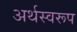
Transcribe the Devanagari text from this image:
अर्थस्वरूप